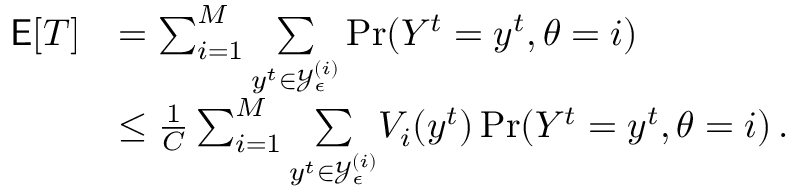
\begin{array} { r l r } { \mathsf { E } [ T ] } & { = \sum _ { i = 1 } ^ { M } \underset { y ^ { t } \in \mathcal { Y } _ { \epsilon } ^ { ( i ) } } { \sum } \operatorname* { P r } ( Y ^ { t } = y ^ { t } , \theta = i ) } & \\ & { \le \frac { 1 } { C } \sum _ { i = 1 } ^ { M } \underset { y ^ { t } \in \mathcal { Y } _ { \epsilon } ^ { ( i ) } } { \sum } V _ { i } ( y ^ { t } ) \operatorname* { P r } ( Y ^ { t } = y ^ { t } , \theta = i ) \, . } & \end{array}